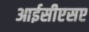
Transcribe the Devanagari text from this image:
आईसीएसए